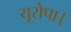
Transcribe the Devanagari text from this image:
यूरोपा।